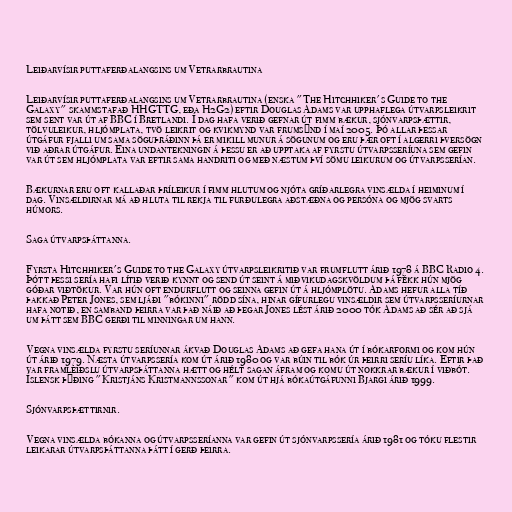
Leiðarvísir puttaferðalangsins um Vetrarbrautina

Leiðarvísir puttaferðalangsins um Vetrarbrautina (enska "The Hitchhiker's Guide to the
Galaxy" skammstafað HHGTTG, eða H2G2) eftir Douglas Adams var upphaflega útvarpsleikrit
sem sent var út af BBC í Bretlandi. Í dag hafa verið gefnar út fimm bækur, sjónvarpsþættir,
tölvuleikur, hljómplata, tvö leikrit og kvikmynd var frumsýnd í maí 2005. Þó allar þessar
útgáfur fjalli um sama söguþráðinn þá er mikill munur á sögunum og eru þær oft í algerri þversögn
við aðrar útgáfur. Eina undantekningin á þessu er að upptaka af fyrstu útvarpsseríuna sem gefin
var út sem hljómplata var eftir sama handriti og með næstum því sömu leikurum og útvarpsserían.

Bækurnar eru oft kallaðar þríleikur í fimm hlutum og njóta gríðarlegra vinsælda í heiminum í
dag. Vinsældirnar má að hluta til rekja til furðulegra aðstæðna og persóna og mjög svarts
húmors.

Saga útvarpsþáttanna.

Fyrsta Hitchhiker's Guide to the Galaxy útvarpsleikritið var frumflutt árið 1978 á BBC Radio 4.
Þótt þessi sería hafi lítið verið kynnt og send út seint á miðvikudagskvöldum þá fékk hún mjög
góðar viðtökur. Var hún oft endurflutt og seinna gefin út á hljómplötu. Adams hefur alla tíð
þakkað Peter Jones, sem ljáði "bókinni" rödd sína, hinar gífurlegu vinsældir sem útvarpsseríurnar
hafa notið, en samband þeirra var það náið að þegar Jones lést árið 2000 tók Adams að sér að sjá
um þátt sem BBC gerði til minningar um hann.

Vegna vinsælda fyrstu seríunnar ákvað Douglas Adams að gefa hana út í bókarformi og kom hún
út árið 1979. Næsta útvarpssería kom út árið 1980 og var búin til bók úr þeirri seríu líka. Eftir það
var framleiðslu útvarpsþáttanna hætt og hélt sagan áfram og komu út nokkrar bækur í viðbót.
Íslensk þýðing "Kristjáns Kristmannssonar" kom út hjá bókaútgáfunni Bjargi árið 1999.

Sjónvarpsþættirnir.

Vegna vinsælda bókanna og útvarpsseríanna var gefin út sjónvarpssería árið 1981 og tóku flestir
leikarar útvarpsþáttanna þátt í gerð þeirra.